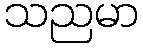
သညမာ